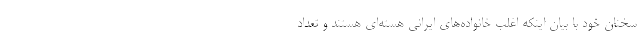
سخنان خود با بیان اینکه اغلب خانواده‌های ایرانی هسته‌ای هستند و تعداد